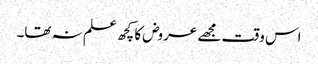
اس وقت مجھے عروض کا کچھ علم نہ تھا۔